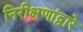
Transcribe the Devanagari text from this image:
निरीक्षणांद्वारे